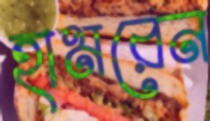
হামরেন